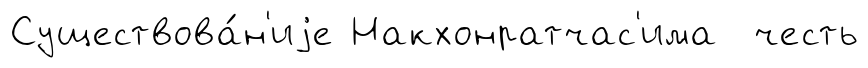
Существова́н'иjе Накхонратчас'има честь